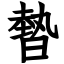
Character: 暬